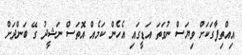
އިއްތިފާގަކަށް ވިޔަސް ނުވަތަ އަޑީގައި އެހެން ކަމެއް އޮތަސް ނަޝީދު ގޭ ބަންދަަށް